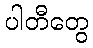
ပါတီတွေ